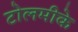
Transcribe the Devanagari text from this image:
टोलमीके